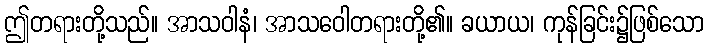
ဤတရားတို့သည်။ အာသဝါနံ၊ အာသဝေါတရားတို့၏။ ခယာယ၊ ကုန်ခြင်း၌ဖြစ်သော